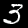
Label: 3